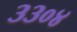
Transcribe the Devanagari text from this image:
३३०४